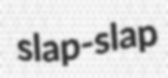
slap-slap